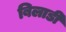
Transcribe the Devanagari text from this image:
बिलाडी